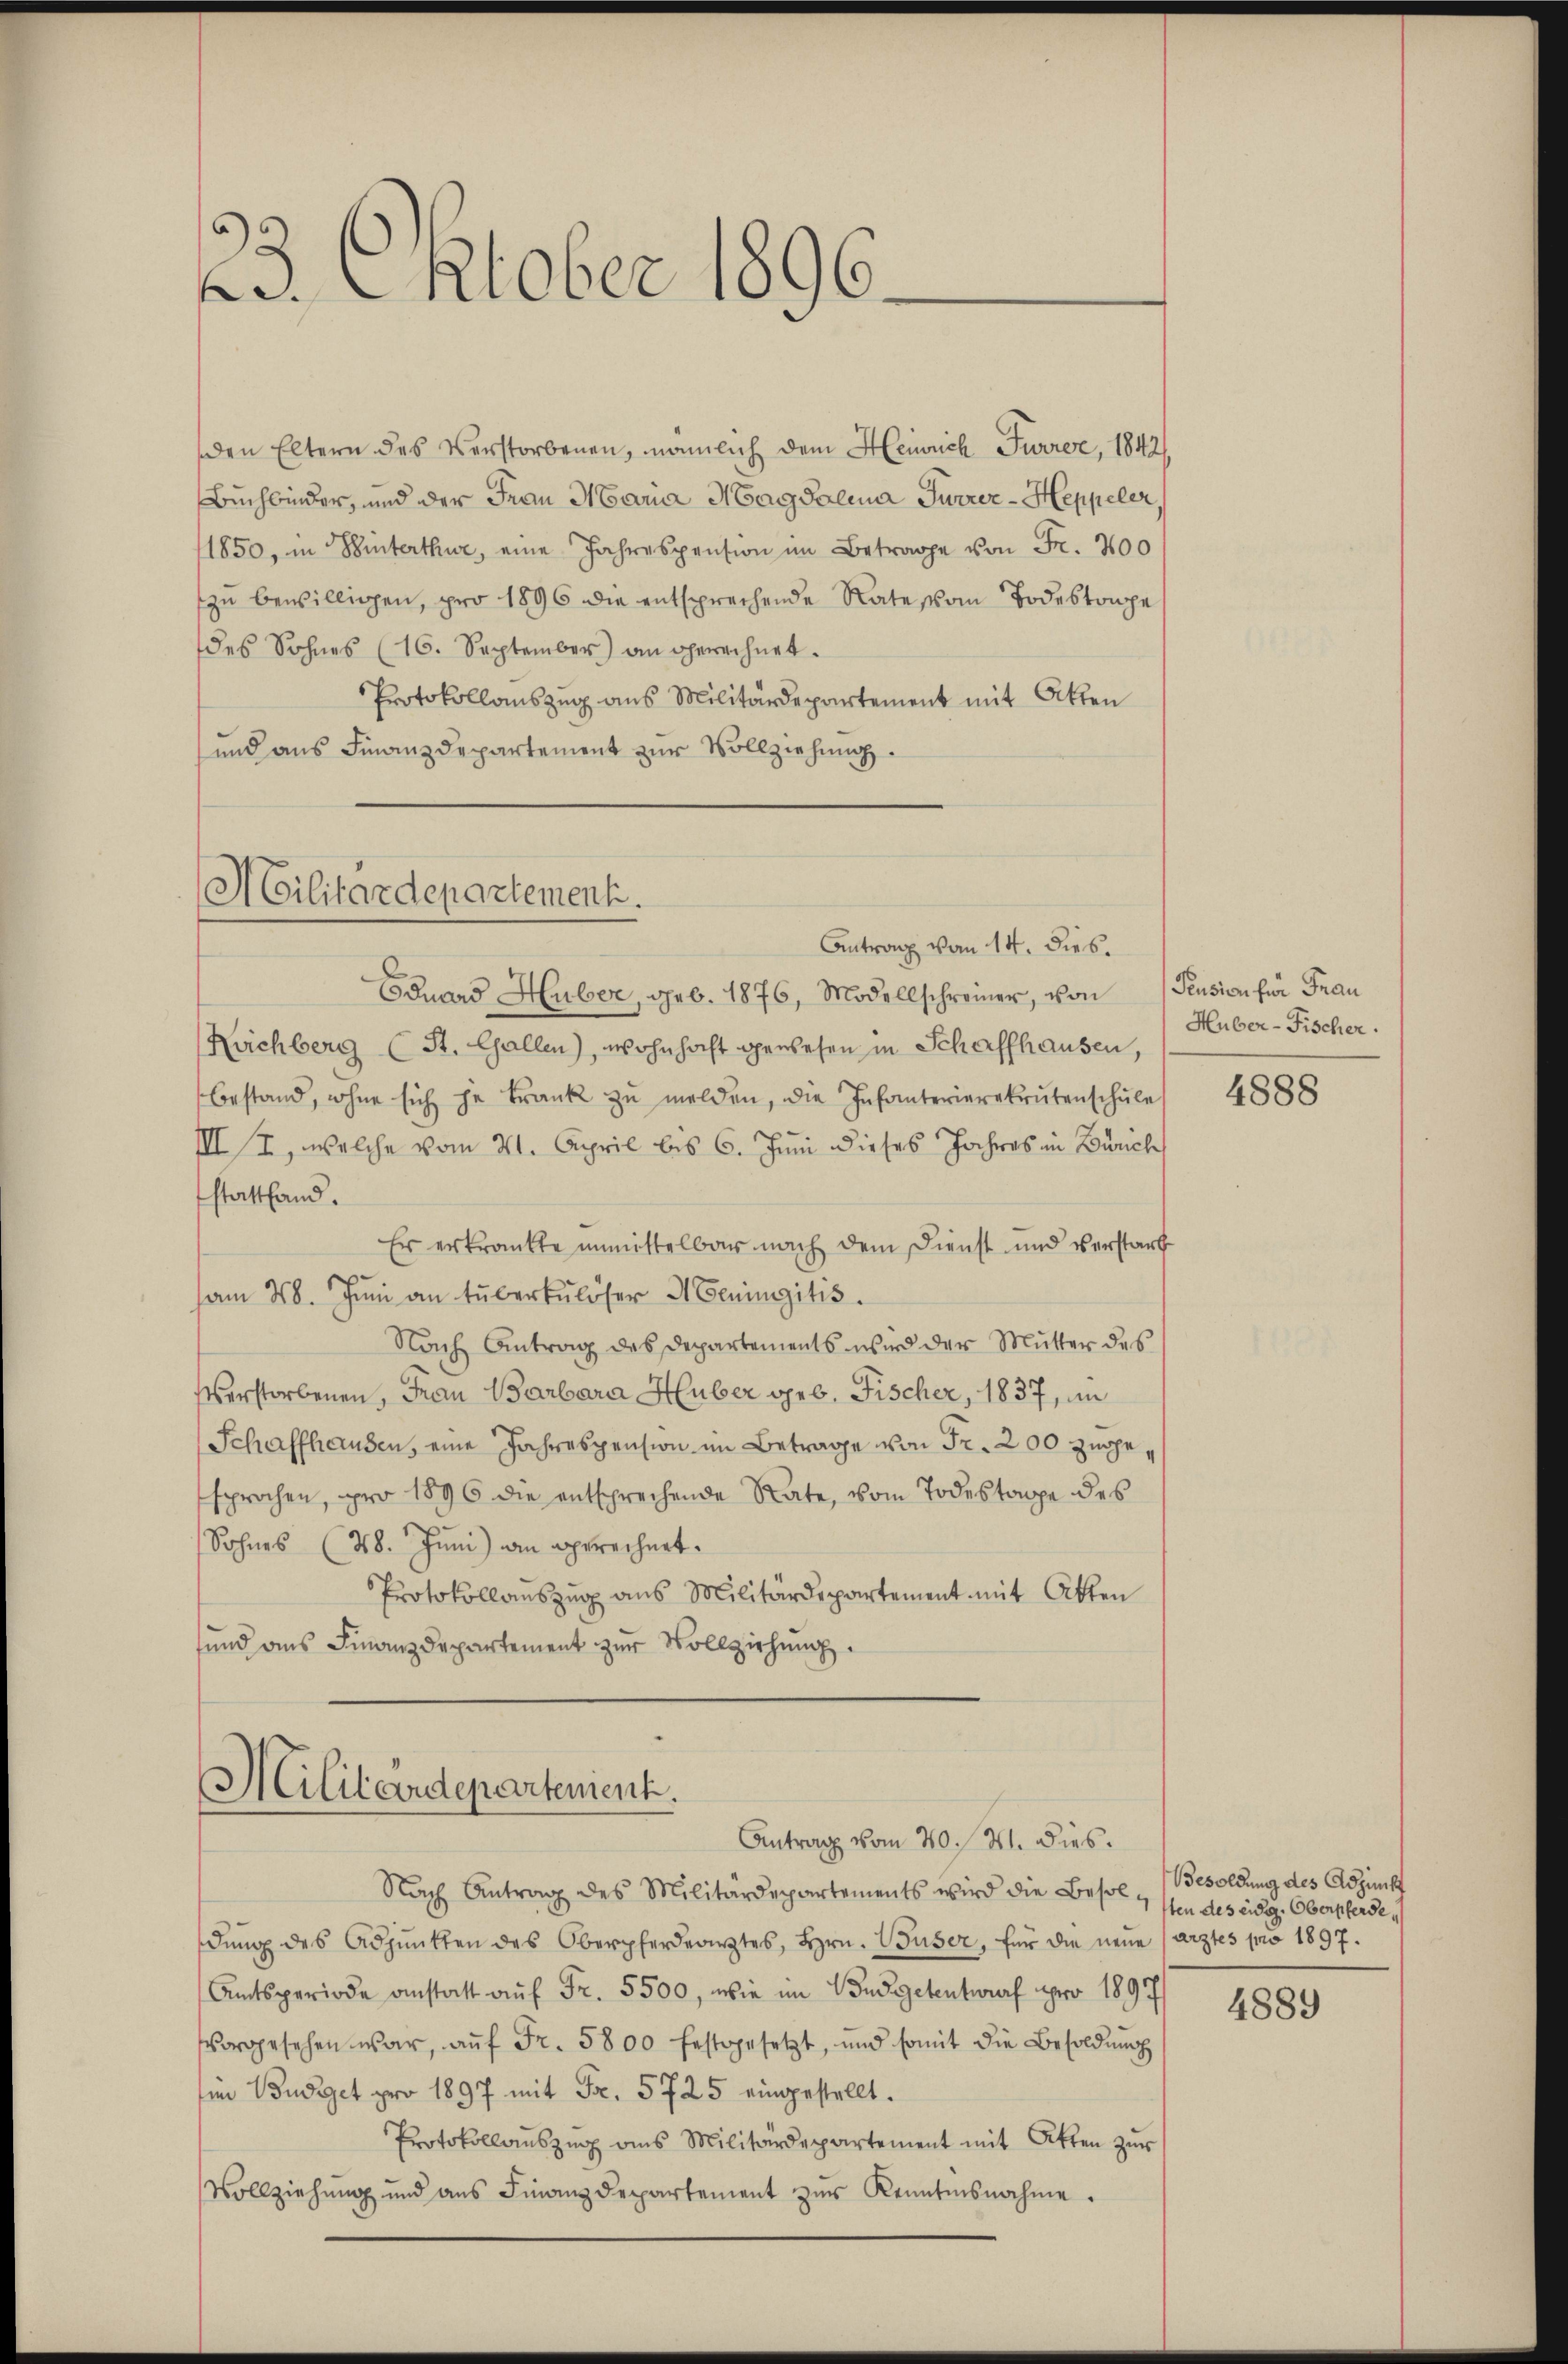
23. Oktober 1896.

den Eltern des Verstorbenen, männlich dem Heinrich Furrer, 1842/
Buchbinder, und der Frau Maria Magdalena Furrer-Heppeler
1850, in Winterthur, eine Jahrespension im Betrage von Fr. 400
zŭ bewilligen, pro 1896 die entsprechende Rate schon Todestonpe
des Sohnes (16. September) an gerechnet.
Protokollauszug aus Militärdepartement mit Otten
und aus Finanzdepartement zur Vollziehung.

ACilitärdepartement.
Antrag vom 14. Dieb.

Eduard Huber, geb. 1876, Modellschreiner, von Pension für Frau
Kuchberg (St. Gallen), wohnhaft gewesen in Schaffhausen,
bestand, wohne sich je Frank zŭ melden, die Infanterierekrutenschule
IIII, welche vom 21. April bis 6. Juni dieses Jahres in Zürich
stattfand.
Er erkrankte unmittelbar nach dem Dienst und verstark
am 28. Jŭni an tuberkulöser Meningitis
Nach Antrag des Departements wird der Mutter des
Verstorbenen, Frau Barbara Huber geb. Fischer, 1837, im
Schaffhausen, eine Jahrespension im Betrage von Fr. 200 zuge,
sprochen, pro 1896 die entsprechende Rate, vom Todestope des
Sohnes (48. Juni) an Berechnet.
Protokollauszug aus Militärdepartement mit Akten
und ans Finanzdepartement zur Vollziehung

Militärdepartenient.
Antrag vom 20. M. dies

Nach Antrag des Militärdepartements wird die Besoluten des eidg. Oberpferde,
dŭng des Adjunkten des Oberpferdearztes, Hrn. Buser, für die neŭe (arztes pro 1897.
Amtsperiode anstatt auf Fr. 5500, wie im Budgetentwurf pro 1897
vorgesehen war, aŭf Fr. 5800 festgesetzt, und somit die Besoldŭng
in Budget pro 1897 mit Fr. 5725 eingestellt.
Protokollaŭszŭg ans Militärdepartement mit Akten zŭr
Vollziehung und aus Finanzdepartement zur Kenntnisnahme.

Huber-Fischer.

4888

Besoldung des Adjunckt

4889